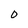
Character: 0